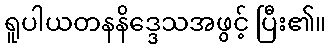
ရူပါယတနနိဒ္ဒေသအဖွင့် ပြီး၏။